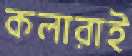
কলারাই